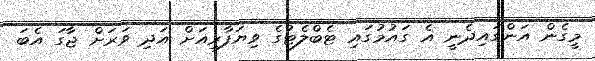
މީގެން އަންގައިދެނީ އެ ގައުމުގައި ޓެބްލެޓުގެ ވިޔަފާރިއަށް އަދި ވަރަށް ޖާގަ އެބަ